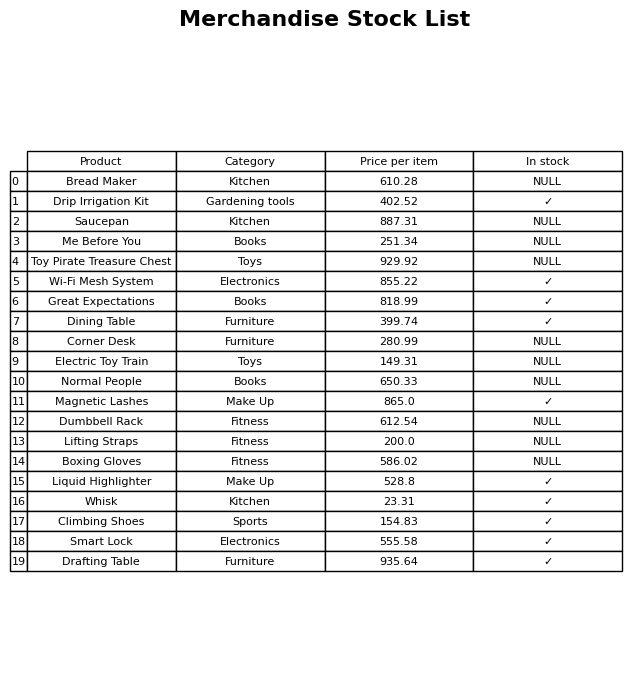
question: What is the price of the Electric Toy Train?
answer: The price of Electric Toy Train is 149.31.